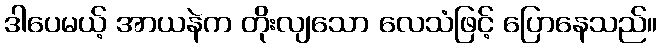
ဒါပေမယ့် အာယနဲက တိုးလျသော လေသံဖြင့် ပြောနေသည်။